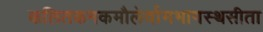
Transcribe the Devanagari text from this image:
कलितकनकमौलेर्वामभागस्थसीता